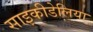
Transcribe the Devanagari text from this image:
साइकीडेलिया